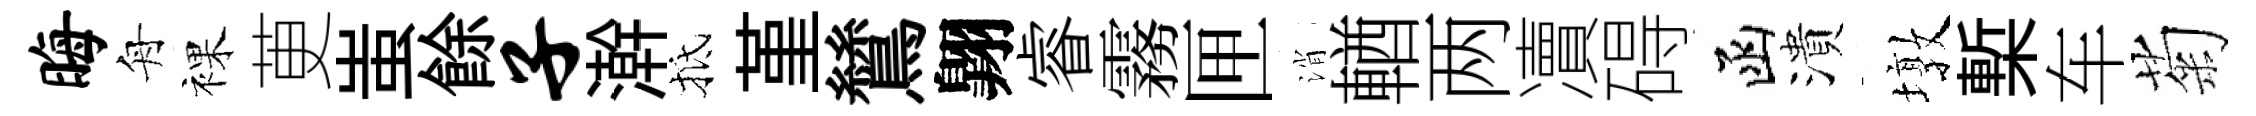
晦舟裸茰蚩餘子澣抵堇鷥翺睿霧匣消輶两凟碍函潰墩槧车菊